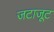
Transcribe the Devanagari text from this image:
जटाजूट